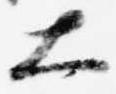
大